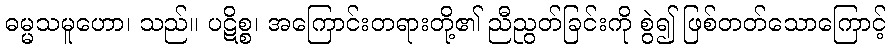
ဓမ္မသမူဟော၊ သည်။ ပဋိစ္စ၊ အကြောင်းတရားတို့၏ ညီညွတ်ခြင်းကို စွဲ၍ ဖြစ်တတ်သောကြောင့်